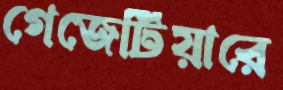
গেজেটিয়ারে